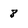
Character: 8